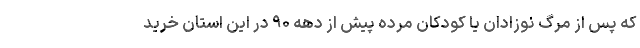
كه پس از مرگ نوزادان يا كودكان مرده پيش از دهه ۹۰ در اين استان خريد